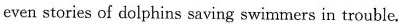
even stories of dolphins saving swimmers in trouble.